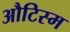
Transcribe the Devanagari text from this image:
औटिस्म